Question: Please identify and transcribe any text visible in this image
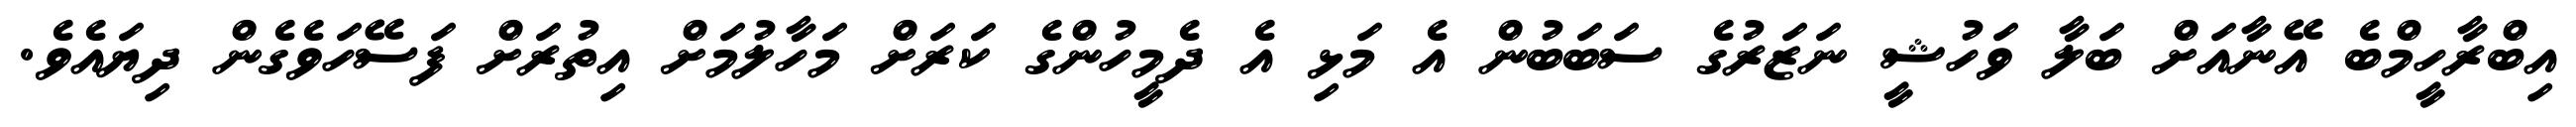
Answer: އިބްރާހީމްބެ އޭނާއަށް ބަލާ ވަހުޝީ ނަޒަރުގެ ސަބަބުން އެ މަޅި އެ ދެމީހުންގެ ކަރަށް މަހާލުމަށް އިތުރަށް ފަސޭހަވެގެން ދިޔައެވެ.